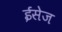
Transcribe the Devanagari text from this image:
ईसेज